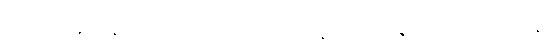
ထိုရဟန်းမိန်းမငယ်ကို။ ဟတ္ထပါဒနာဘိဥဒရပရိယောသာနိ၊